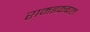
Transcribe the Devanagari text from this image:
रामइकबाल